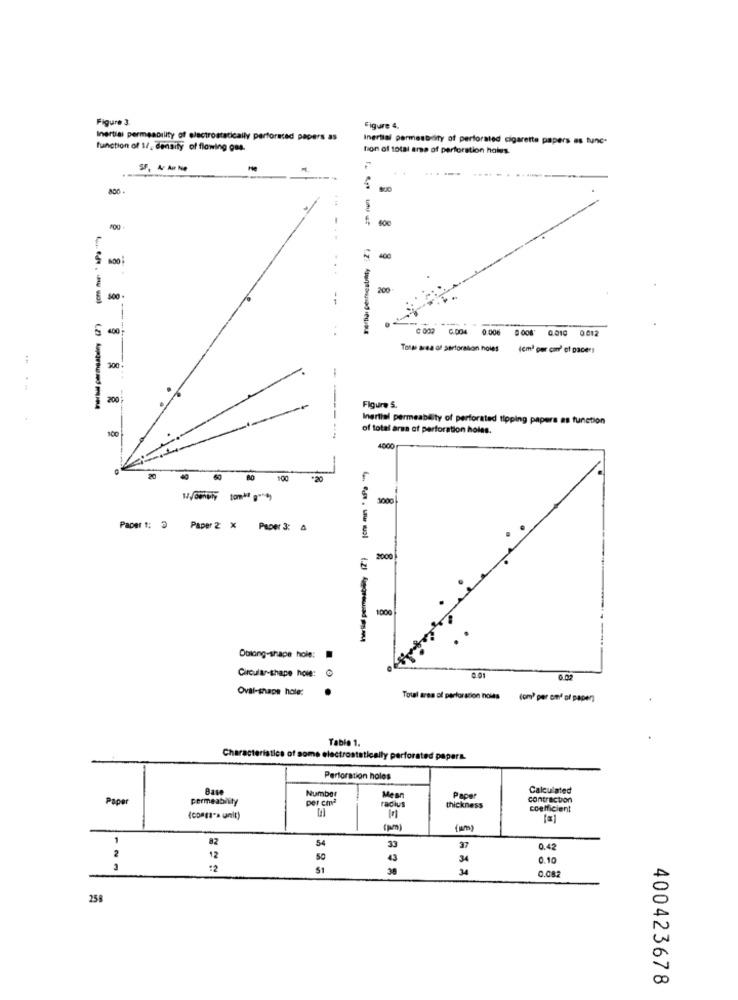
Figure 3.
Figure 4,
Inertiai permeability of electrostatically perforated papers as
Inertial permestcity of perforated cigarette papers as tunc-
function of 1/, density of flowing oss.
tion of total area of perforation holes.
.....
800
40€
nertia perfestimty "2")
400
...
200
€ 400
--
---
400
6.004
0:006 9 008 0.010
0012
Tosse area of Sertoration holes
(em) per can' of pacer
300
200
Figure S.
-----
Inertial permeability of perforated tipping papers as function
100
of total area of perforation holes.
4000
60
100
.20
5000
Paper 1: 3 Paper 2 X Paper 3: 4
2000
1000
--- -----
Oblong-shape hole:
Circular-shape hole: @
6.01
Oval-shape hole:
Total area of perforation noits
(om) per one of paper)
Table 1.
Characteristics of some electrostatically perforated papara.
Perforation holes
Base
Mean
Calculated
Paper
permeability
per cha
Number
radius
Paper
contraction
thickness
coefficient
(conga-a unit)
1
82
54
2
37
0.42
12
50
43
34
0.19
:2
51
30
34
0.08
258
400423678